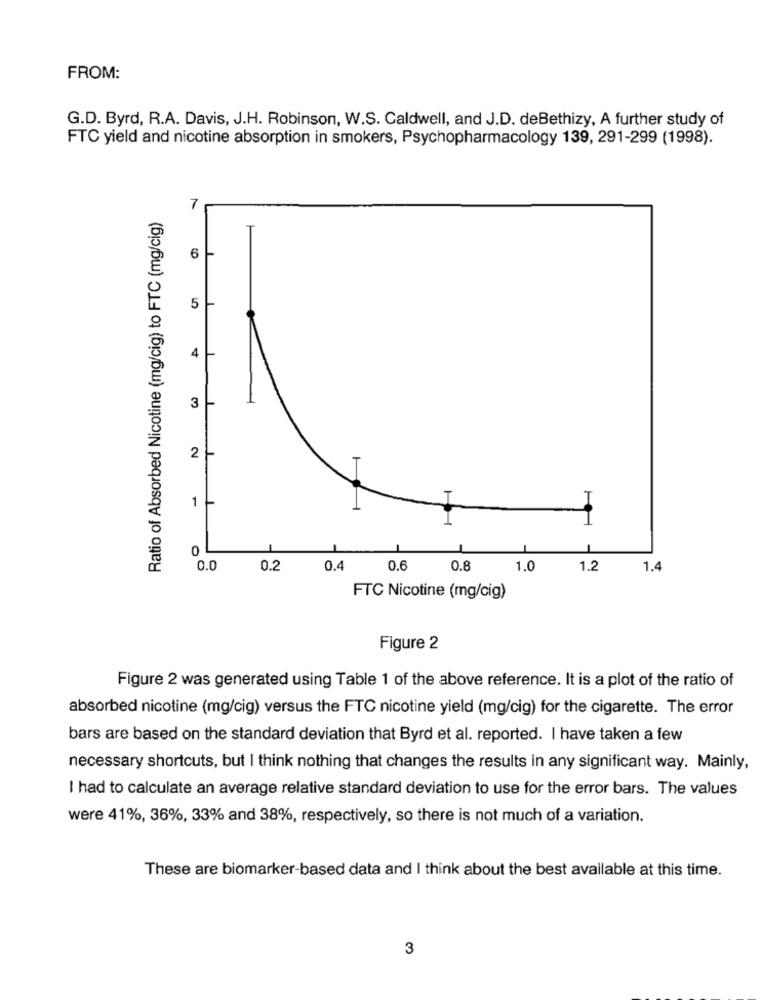
FROM:
G.D. Byrd, R.A. Davis, J.H. Robinson, W.S. Caldwell, and J.D. deBethizy, A further study of
FTC yield and nicotine absorption in smokers, Psychopharmacology 139, 291-299 (1998).
Ratio of Absorbed Nicotine (mg/cig) to FTC (mg/cig)
7
6 -
5
4 |
3
1 -
0.0
0.2
0.4
0.6
0.8
1.0
1.2
1.4
FTC Nicotine (mg/cig)
Figure 2
Figure 2 was generated using Table 1 of the above reference. It is a plot of the ratio of
absorbed nicotine (mg/cig) versus the FTC nicotine yield (mg/cig) for the cigarette. The error
bars are based on the standard deviation that Byrd et al. reported. I have taken a few
necessary shortcuts, but I think nothing that changes the results in any significant way. Mainly,
I had to calculate an average relative standard deviation to use for the error bars. The values
were 41%, 36%, 33% and 38%, respectively, so there is not much of a variation.
These are biomarker-based data and I think about the best available at this time.
3